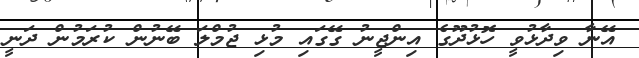
އޭނާ ވިދާޅުވީ ހޮޅުދޫގެ އިންޖީނު ގޭގައި މުޅި ޖުމްލަ ބޭނުން ކުރަމުން ދަނީ